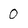
Character: 0